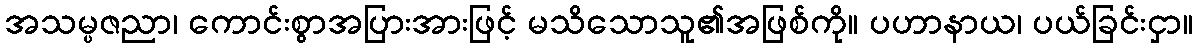
အသမ္ပဇညာ၊ ကောင်းစွာအပြားအားဖြင့် မသိသောသူ၏အဖြစ်ကို။ ပဟာနာယ၊ ပယ်ခြင်းငှာ။